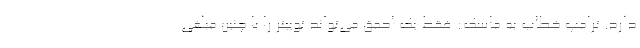
دارد. ترامپ خطاب به ماسک: فقط یک احمق می‌تواند توییتر را با چنین مبلغی